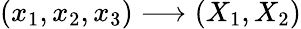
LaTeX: (x_{1},x_{2},x_{3})\longrightarrow(X_{1},X_{2})